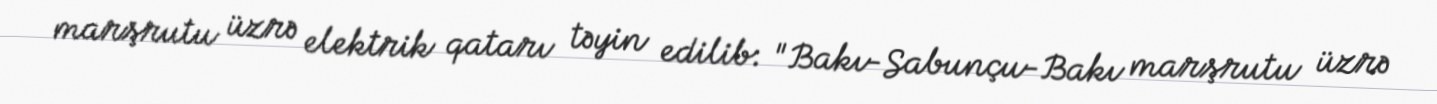
marşrutu üzrə elektrik qatarı təyin edilib: "Bakı-Sabunçu-Bakı marşrutu üzrə